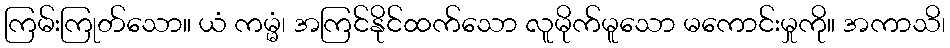
ကြမ်းကြုတ်သော။ ယံ ကမ္မံ၊ အကြင်နိုင်ထက်သော လူမိုက်မူသော မကောင်းမှုကို။ အကာသိ၊